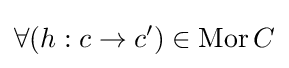
\forall (h:c\rightarrow c^{\prime })\in \mathrm {Mor} \,C